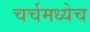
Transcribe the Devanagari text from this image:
चर्चमध्येच